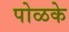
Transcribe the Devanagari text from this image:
पोळके